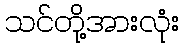
သင်တို့အားလုံး